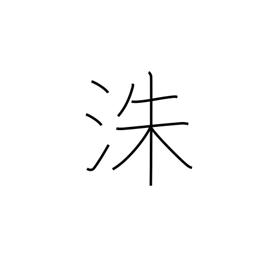
Meaning: name of a Chinese river